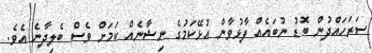
ސަރަހައްދުން ބޮޑު ނުބައެއް ފާޅުވާން އުޅޭކަމުގެ ނިޝާނެއް ކަމަށް ވެސް ބެލިދާނެ އެވެ.